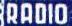
RADIO